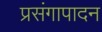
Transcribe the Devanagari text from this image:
प्रसंगापादन